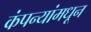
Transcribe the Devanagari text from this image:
कंपन्यांमधून